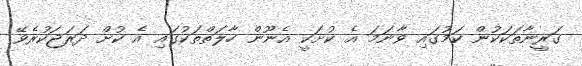
ގަރީނާތަކަކުން ކަމުގައި ވާނަމަ އެ ކުށަކީ އެނޫން ހާލަތްތަކުގައި އެ ކުށް ދަރަޖަކުރެވޭ